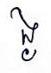
ង្ង